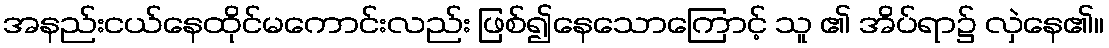
အနည်းငယ်နေထိုင်မကောင်းလည်း ဖြစ်၍နေသောကြောင့် သူ ၏ အိပ်ရာ၌ လှဲနေ၏။